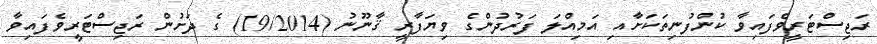
ރަޖިސްޓަރީވެފައިވާ ކުންފުނިތަކަށާއި އަމިއްލަ ފަރުދުންގެ ވިޔަފާރީ ޤާނޫނު (19/2014) ގެ ދަށުން ރަޖިސްޓަރީވެފައިވާ